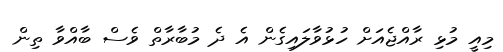
މިއީ މުޅި ރާއްޖެއަށް ހުޅުވާލައިގެން އެ ދެ މުބާރާތް ވެސް ބާއްވާ ތިން